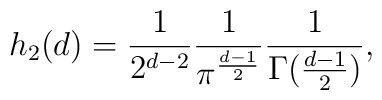
h_{2}(d)=\frac{1}{2^{d-2}}\frac{1}{\pi^{\frac{d-1}{2}}}\frac{1}{\Gamma(\frac{d-1}{2})},